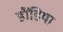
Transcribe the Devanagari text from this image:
डौंडिया